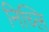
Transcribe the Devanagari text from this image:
निच्लि